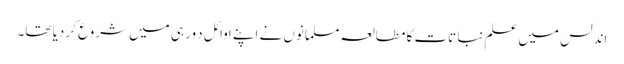
اندلس میں علمِ نباتات کا مطالعہ مسلمانوں نے اپنے اَوائل دَور ہی میں شروع کر دیا تھا۔